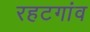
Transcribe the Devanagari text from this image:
रहटगांव